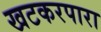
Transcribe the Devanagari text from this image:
खटकरपारा